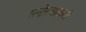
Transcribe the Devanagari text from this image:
मनोरथाख्यं।